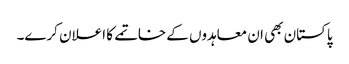
پاکستان بھی ان معاہدوں کے خاتمے کا اعلان کرے۔